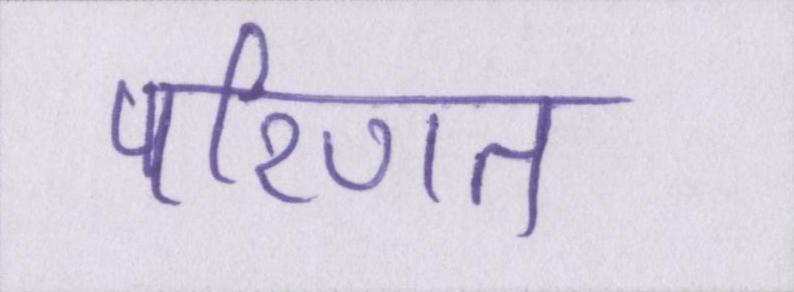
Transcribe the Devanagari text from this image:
परिणत